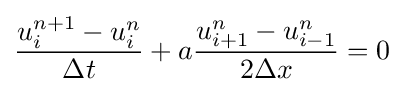
{\frac {u_{i}^{n+1}-u_{i}^{n}}{\Delta t}}+a{\frac {u_{i+1}^{n}-u_{i-1}^{n}}{2\Delta x}}=0